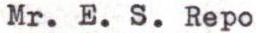
Mr. E. S. Repo